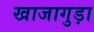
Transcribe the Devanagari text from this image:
खाजागुड़ा